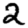
Digit: 2